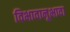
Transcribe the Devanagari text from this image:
विभावानूभावा